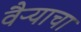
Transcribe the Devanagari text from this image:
वैऱ्याचा